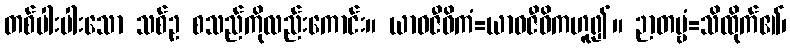
တစ်ပါးပါးသော သစ်ဥ စသည်ကိုလည်းကောင်း။ ယာဝဇီဝိကံ=ယာဝဇီဝိကဟူ၍။ ဉာတဗ္ဗံ=သိထိုက်၏၊